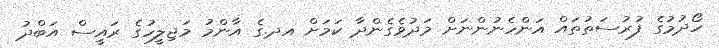
ހޯދުމުގެ ފުރުސަތުތައް އަންހެނުންނަށް މަދުވެގެންދާ ކަމަށް އދ.ގެ އާންމު މަޖިލީހުގެ ރައީސް އަބްދު